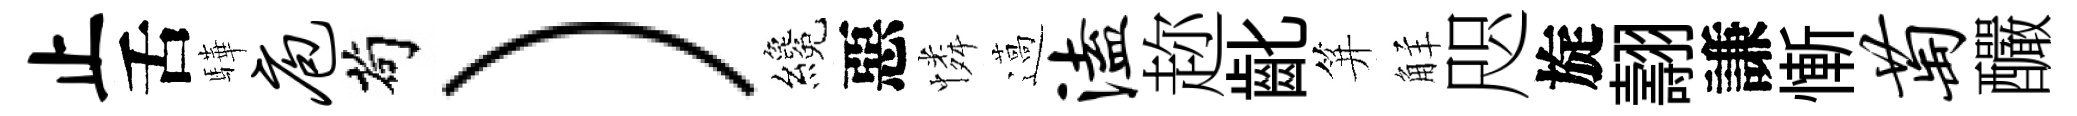
止舌驊庖茍）纔惡憐薖溘趂齔笄觧咫旋翿謙慚萄釅